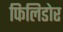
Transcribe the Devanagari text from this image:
फिलिडोर